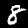
Label: 8